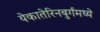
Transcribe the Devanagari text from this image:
येकातेरिनबुर्गमध्ये